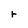
Character: r